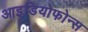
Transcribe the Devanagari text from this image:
आइडियोफोन्स